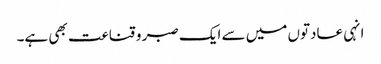
انہی عادتوں میں سے ایک صبر و قناعت بھی ہے۔